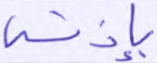
بإذنه